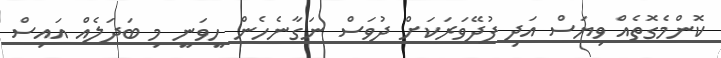
ކޮންމެގޮތެއް ވިޔަސް އަދި ފުދޭވަރަކަށް ދުވަސް ނަގާނެހެން ހީވަނީ މި ބަދަލެއް އައިސް